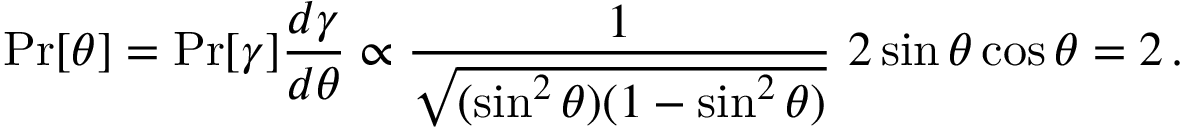
\operatorname* { P r } [ \theta ] = \operatorname* { P r } [ \gamma ] { \frac { d \gamma } { d \theta } } \propto { \frac { 1 } { \sqrt { ( \sin ^ { 2 } \theta ) ( 1 - \sin ^ { 2 } \theta ) } } } ~ 2 \sin \theta \cos \theta = 2 \, .